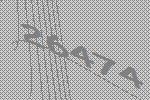
26474